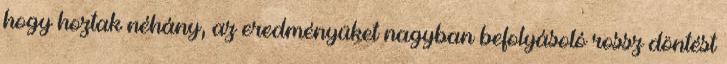
hogy hoztak néhány, az eredményüket nagyban befolyásoló rossz döntést